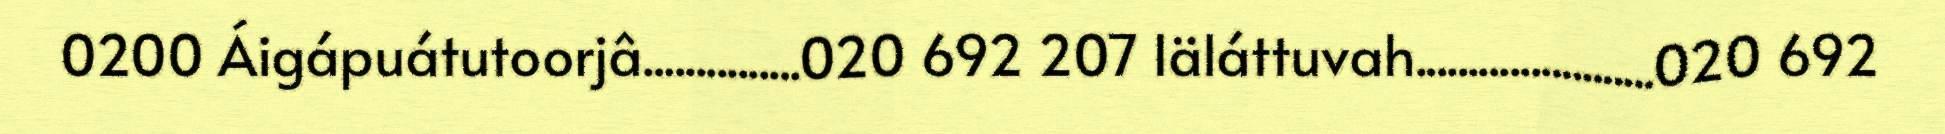
0200 Áigápuátutoorjâ...............020 692 207 Iäláttuvah.......................020 692